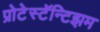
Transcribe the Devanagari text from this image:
प्रोटेस्टॅन्टिझम